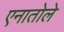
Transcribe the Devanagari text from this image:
एनातोले